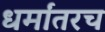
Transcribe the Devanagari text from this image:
धर्मांतरच